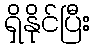
ရှိနိုင်ပြီး